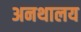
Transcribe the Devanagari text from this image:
अनथालय